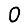
Digit: 0